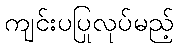
ကျင်းပပြုလုပ်မည့်